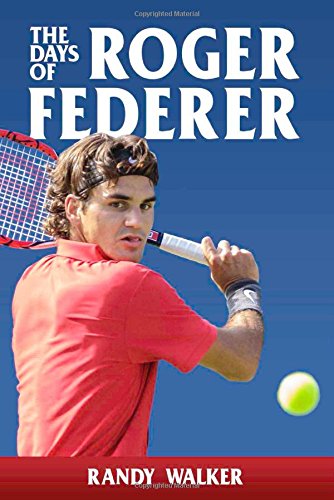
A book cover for The Days of Roger Federer; Randy Walker; Sports & Outdoors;